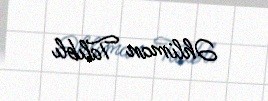
Əhliman Talıblı